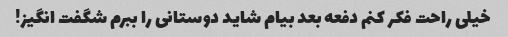
خیلی راحت فکر کنم دفعه بعد بیام شاید دوستانی را ببرم شگفت انگیز!